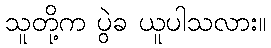
သူတို့က ပွဲခ ယူပါသလား။